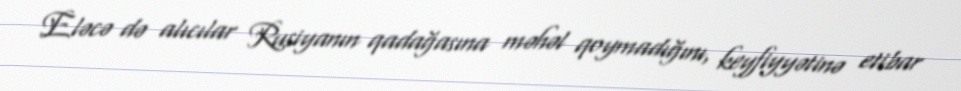
Eləcə də alıcılar Rusiyanın qadağasına məhəl qoymadığını, keyfiyyətinə etibar